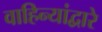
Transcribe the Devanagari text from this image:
वाहिन्यांद्वारे